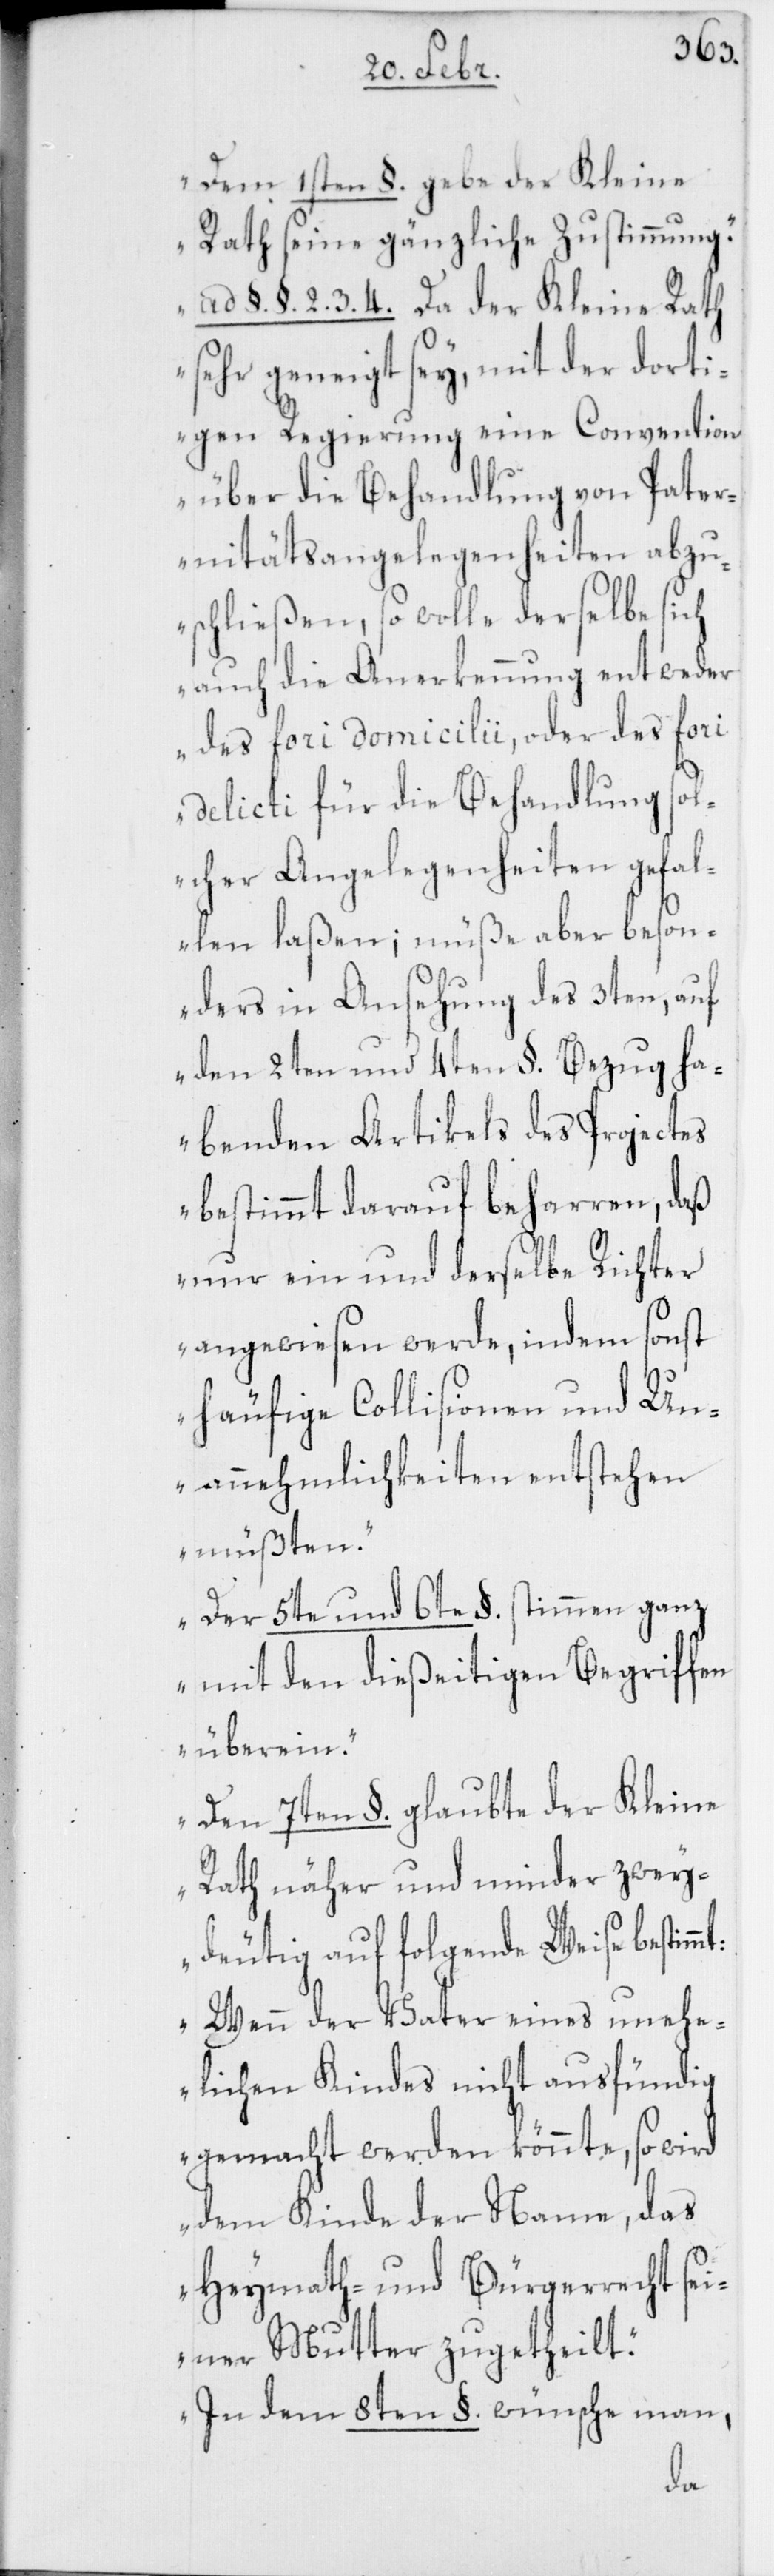
„Dem 1sten §. gebe der Kleine
Rath seine gänzliche Zustimmung.
§. §. 2, 3, 4. Da der Kleine Rath
sehr geneigt sey, mit der dorti¬
gen Regierung eine Convention
über die Behandlung von Pater¬
nitätsangelegenheiten abzu¬
schließen, so wolle derselbe sich
auch die Anerkennung entweder
des fori domicilii, oder des fori
delicti für die Behandlung sol¬
cher Angelegenheiten gefal¬
len laßen; müße aber beson¬
ders in Ansehung des 3ten, auf
den 2ten und 4ten §. Bezug ha¬
benden Artikels des Projectes
bestimmt darauf beharren, daß
nur ein und derselbe Richter
angewiesen werde, indem sonst
häufige Collisionen und Un¬
annehmlichkeiten entstehen
müßten.
Der 5te und 6te §. stimmen ganz
mit den dießeitigen Begriffen
überein.
Den 7ten §. glaubte der Kleine
Rath näher und minder zwey¬
deutig auf folgende Weise
Wenn der Vater eines unehe¬
lichen Kindes nicht ausfündig
gemacht werden könnte, so wird
dem Kinde der Name, das
Heymath- und Bürgerrecht sei¬
ner Mutter zugetheilt.
In dem 8ten §. wünsche man,